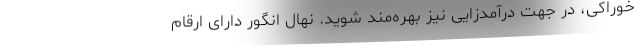
خوراکی، در جهت درآمد‌زایی نیز بهره‌مند شوید. نهال انگور دارای ارقام